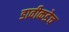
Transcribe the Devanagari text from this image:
डावीकडेच